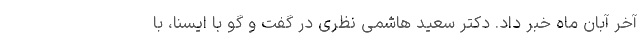
آخر آبان ماه خبر داد. دکتر سعید هاشمی نظری در گفت و گو با ایسنا، با